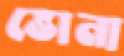
ভোনা